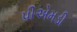
પીએમડી